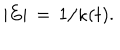
LaTeX: | E | \, = \, 1 / \kappa ( t ) .